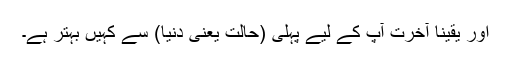
اور یقیناً آخرت آپ کے لیے پہلی (حالت یعنی دنیا) سے کہیں بہتر ہے۔